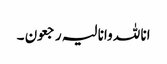
انا للہ وانا لیہ رجعون ۔